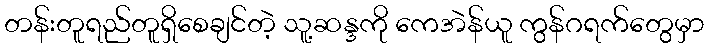
တန်းတူရည်တူရှိစေချင်တဲ့ သူ့ဆန္ဒကို ကေအဲန်ယူ ကွန်ဂရက်တွေမှာ